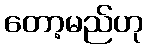
တော့မည်ဟု